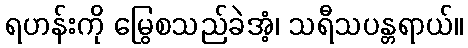
ရဟန်းကို မြွေစသည်ခဲအံ့၊ သရီသပန္တရာယ်။